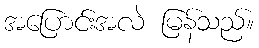
အပြောင်းအလဲ မြန်သည်။